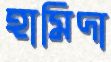
হামিদা